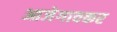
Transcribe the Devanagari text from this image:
आजेगावकर